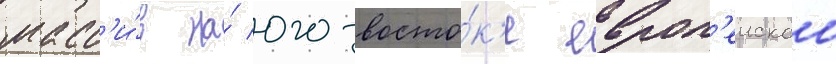
масс'и́в на́ юго-восто́к'е европ'еискои